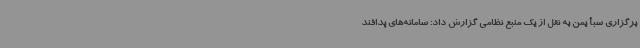
برگزاری سبأ یمن به نقل از یک منبع نظامی گزارش داد: سامانه‌های پدافند